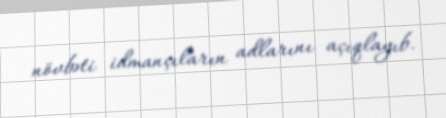
növbəti idmançıların adlarını açıqlayıb.